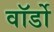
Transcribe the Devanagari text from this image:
वॉर्डो